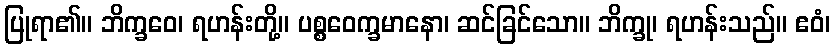
ပြုရာ၏။ ဘိက္ခဝေ၊ ရဟန်းတို့။ ပစ္စဝေက္ခမာနော၊ ဆင်ခြင်သော။ ဘိက္ခု၊ ရဟန်းသည်။ ဧဝံ၊